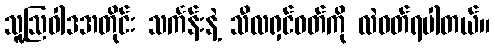
သူ့ဩဝါဒအတိုင်း သင်္ကန်းနဲ့ သီလရှင်ဝတ်ကို လဲဝတ်ရပါတယ်။